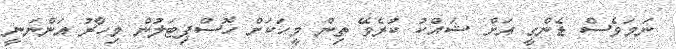
ނަމަވެސް ޑެންގީ އަށް ޝައްކު ކުރެވޭ ތިން މީހަކަށް ހޮސްޕިޓަލުން މިހާރު އަންނަނީ